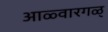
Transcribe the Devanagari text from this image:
आळ्वारगळ्